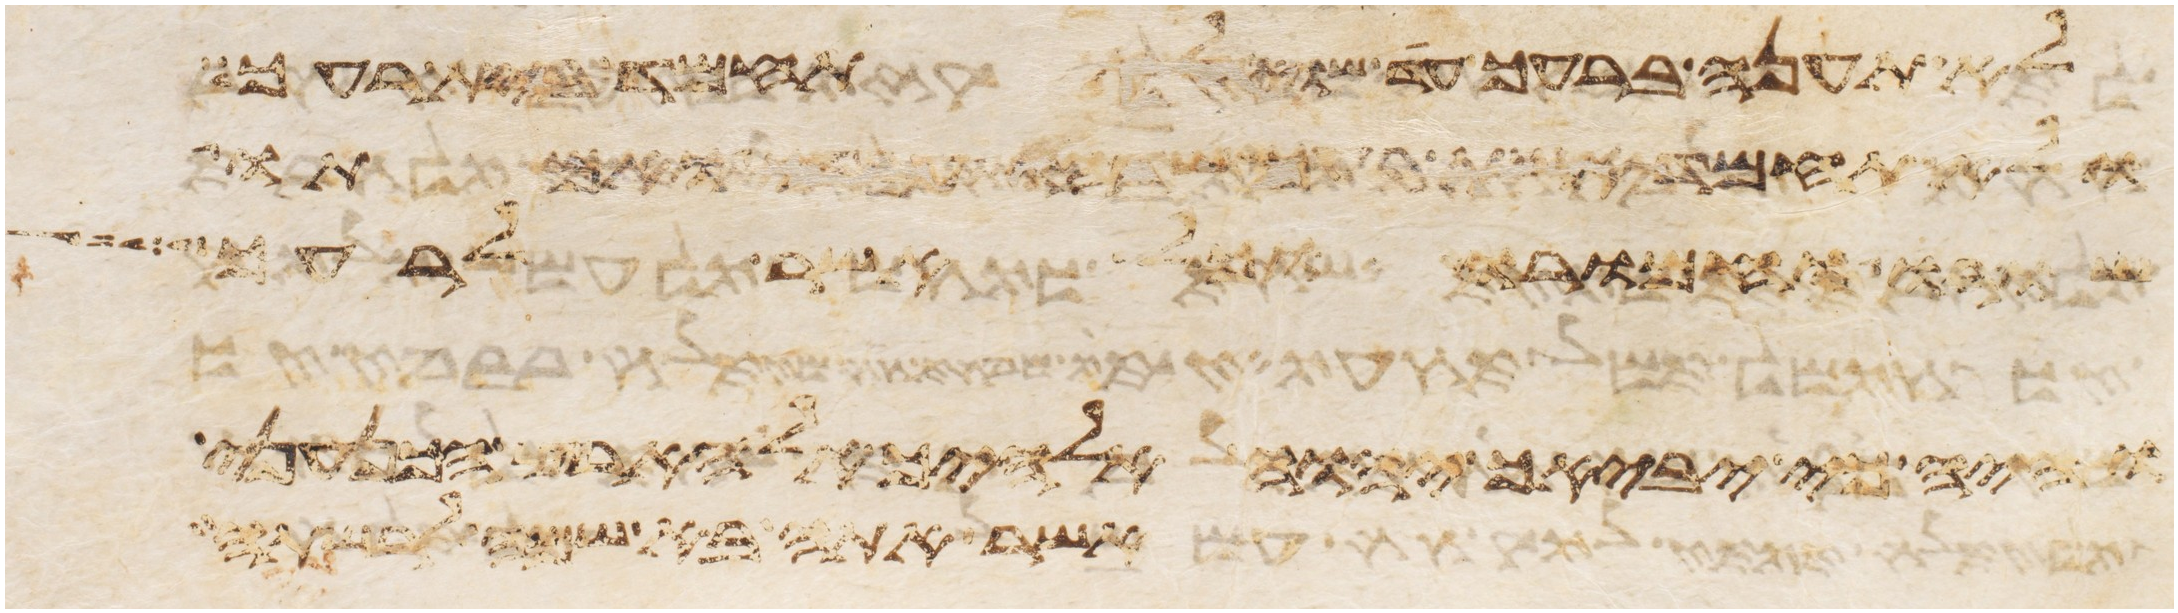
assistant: לא תענה ברעך עד שוא לא תחמד בית רעך
ולא תחמד אשת רעך שדהו עבדו ואמתו
שורו וחמרו וכל אשר לרעך
והיה כי יביאך יהוה אלהיך אל ארץ הכנעני
אשר אתה בא שמה לרשתה